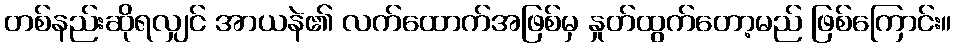
တစ်နည်းဆိုရလျှင် အာယနဲ၏ လက်ထောက်အဖြစ်မှ နှုတ်ထွက်တော့မည် ဖြစ်ကြောင်း။